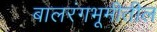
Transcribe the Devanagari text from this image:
बालरंगभूमीतील